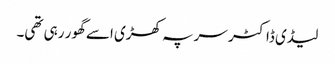
لیڈی ڈاکٹر سر پہ کھڑی اسے گھور رہی تھی۔